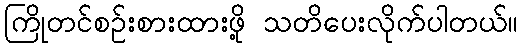
ကြိုတင်စဉ်းစားထားဖို့ သတိပေးလိုက်ပါတယ်။